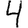
Digit: 4